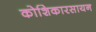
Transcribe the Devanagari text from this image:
कोशिकारसायन